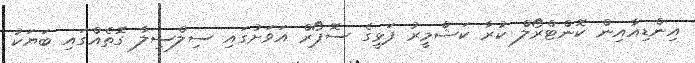
އިންޑިއާއިން ކޮންޓްރޯލް ކުރާ ކަޝްމީރު ފަޅީގެ ސޮޕޯރް އަވަށުގައި ސިލްސިލާ ގޮތެއްގައި ބަޔަކު